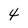
Character: 4